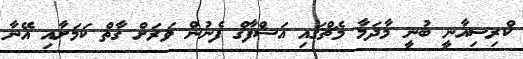
ކްރިސިއާނީ ބުނީ މާދަމާ މެޗްގައި އަޝްފާގް ފެނުން ވަރަށް ގާތް ކަމަށާއި އޭނާ